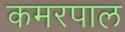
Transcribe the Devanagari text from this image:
कमरपाल